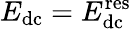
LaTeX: E_{\mathrm{dc}}=E_{\mathrm{dc}}^{\mathrm{res}}